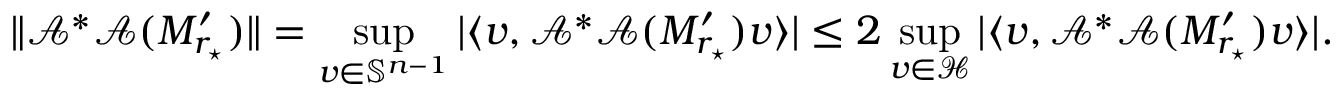
\| \mathcal { A ^ { * } A } ( M _ { r _ { \star } } ^ { \prime } ) \| = \operatorname* { s u p } _ { v \in \mathbb S ^ { n - 1 } } | \langle v , \mathcal { A ^ { * } A } ( M _ { r _ { \star } } ^ { \prime } ) v \rangle | \le 2 \operatorname* { s u p } _ { v \in \mathcal H } | \langle v , \mathcal { A ^ { * } A } ( M _ { r _ { \star } } ^ { \prime } ) v \rangle | .